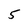
Character: 5